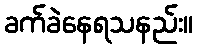
ခက်ခဲနေရသနည်း။